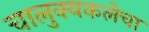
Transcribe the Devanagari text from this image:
चालुक्यकलेचा